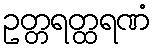
ဥတ္တရတ္ထရဏံ